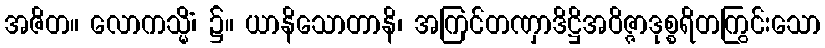
အဇိတ။ လောကသ္မိံ၊ ၌။ ယာနိသောတာနိ၊ အကြင်တဏှာဒိဋ္ဌိအဝိဇ္ဇာဒုစ္စရိတကြွင်းသော